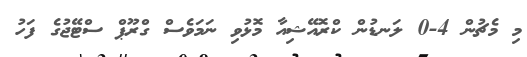
މި މެޗުން 4-0 ލަނޑުން ކްރޮއޭޝިއާ މޮޅުވި ނަމަވެސް ގްރޫޕް ސްޓޭޖުގެ ފަހު